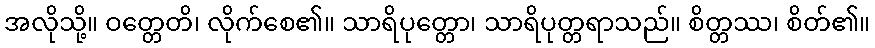
အလိုသို့။ ဝတ္တေတိ၊ လိုက်စေ၏။ သာရိပုတ္တော၊ သာရိပုတ္တရာသည်။ စိတ္တဿ၊ စိတ်၏။